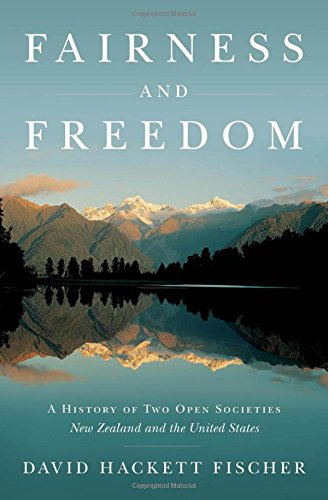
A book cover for Fairness and Freedom: A History of Two Open Societies: New Zealand and the United States; David Hackett Fischer; Law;